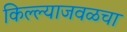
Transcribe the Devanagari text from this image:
किल्ल्याजवळचा